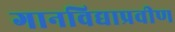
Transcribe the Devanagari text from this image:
गानविद्याप्रवीण